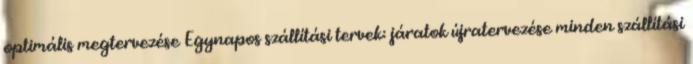
optimális megtervezése Egynapos szállítási tervek: járatok újratervezése minden szállítási